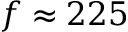
f \approx 2 2 5